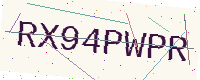
Text: RX94PWPR